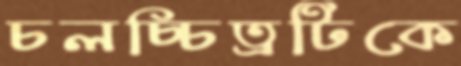
চলচ্চিত্রটিকে